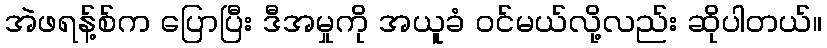
အဲဖရန့်စ်က ပြောပြီး ဒီအမှုကို အယူခံ ဝင်မယ်လို့လည်း ဆိုပါတယ်။